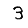
Digit: 3